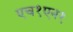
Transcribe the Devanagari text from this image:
एच१एन१